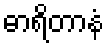
ဓာရိတာနံ